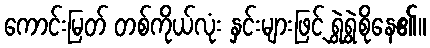
ကောင်းမြတ် တစ်ကိုယ်လုံး နှင်းများဖြင့် ရွှဲရွှဲစိုနေ၏။